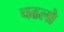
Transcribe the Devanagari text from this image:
चढलो